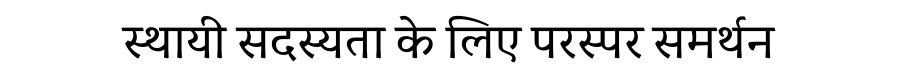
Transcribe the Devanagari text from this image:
स्थायी सदस्यता के लिए परस्पर समर्थन